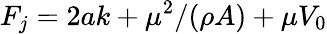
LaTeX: F_{j}=2ak+\mu^{2}/(\rho A)+\mu V_{0}